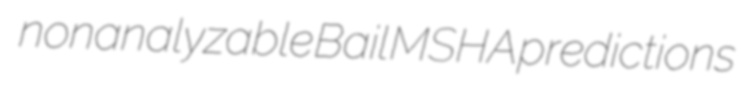
nonanalyzable Bail MSHA predictions